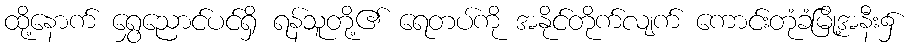
ထို့နောက် ရွှေညောင်ပင်ရှိ ရန်သူတို့၏ ရေတပ်ကို အနိုင်တိုက်လျက် ကောင်းတုံခံမြို့အနီး၌